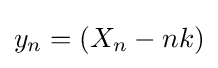
y_{n}=(X_{n}-nk)